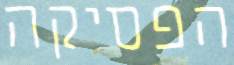
הפסיקה